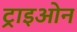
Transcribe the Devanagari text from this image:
ट्राइओन